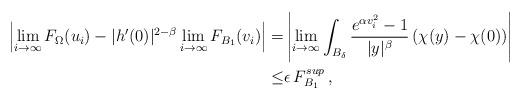
LaTeX: \begin{align*} \left|\lim_{i\to\infty}F_{\Omega}(u_i)-|h'(0)|^{2-\beta}\lim_{i\to\infty}F_{{B_1}}(v_i)\right| =& \left|\lim_{i\to\infty}\int_{B_{\delta}}\frac{e^{\alpha v_i^2}-1}{|y|^{\beta}}\left(\chi(y)-\chi(0)\right)\right| \smallskip \\ \leq& \epsilon\, F^{sup}_{B_1}\,,\end{align*}